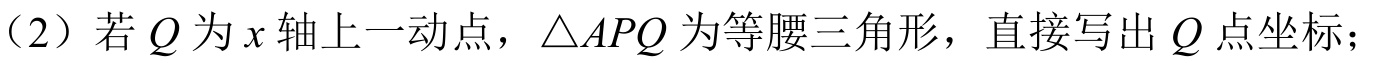
（2）若\(Q\)为\(x\)轴上一动点，\(\triangle APQ\)为等腰三角形，直接写出\(Q\)点坐标；